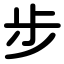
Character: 步